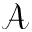
\mathcal { A }